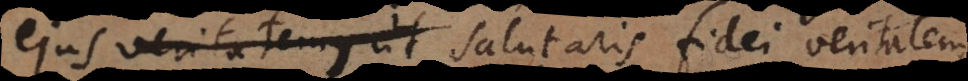
ejus veritatem, ut salutaris fidei veritatem,